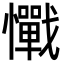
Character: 𢥇